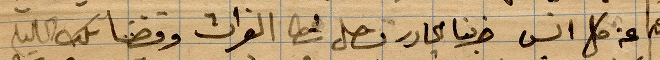
عن كل انس خبرنا ... نصل شط الفرات وقضينا كل الليل